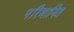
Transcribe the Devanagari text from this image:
परिमानित